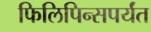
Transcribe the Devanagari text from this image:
फिलिपिन्सपर्यंत